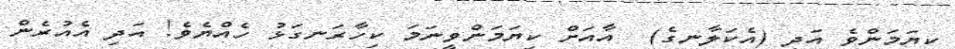
ކިޔަމަންވެ އަދި (އެކަލާނގެ)  އާއަށް ކިޔަމަންވީނަމަ ކިހާރަނގަޅު ހެއްޔެވެ! އަދި އެއުރެން